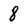
Character: 8